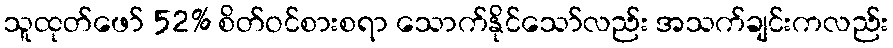
သူထုတ်ဖော် 52% စိတ်ဝင်စားစရာ သောက်နိုင်သော်လည်း အသက်ချင်းကလည်း